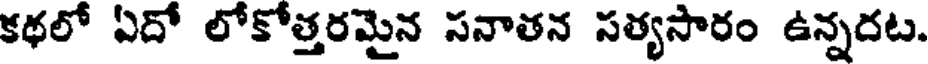
కథలో ఏదో లోకోత్తరమైన సనాతన సత్యసారం ఉన్నదట.